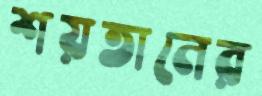
শয়তানের